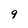
Character: 9